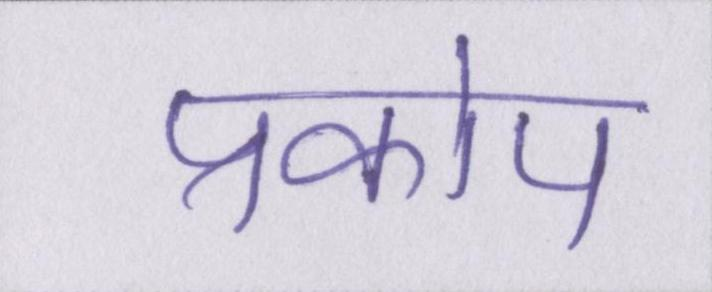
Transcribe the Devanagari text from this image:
प्रकोप